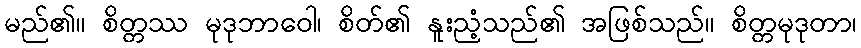
မည်၏။ စိတ္တဿ မုဒုဘာဝေါ၊ စိတ်၏ နူးညံ့သည်၏ အဖြစ်သည်။ စိတ္တမုဒုတာ၊